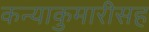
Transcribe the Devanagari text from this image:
कन्याकुमारीसह